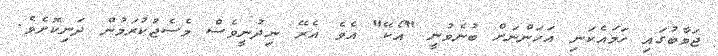
ޖަވާބުގައި ހަމައެކަނި އަހަންނަށް ބުނެވުނީ "އޯކޭ" އެވެ އެރޭ ނިދުނީވެސް މެސެޖުކުރަމުން ދަނިކޮށެވެ.